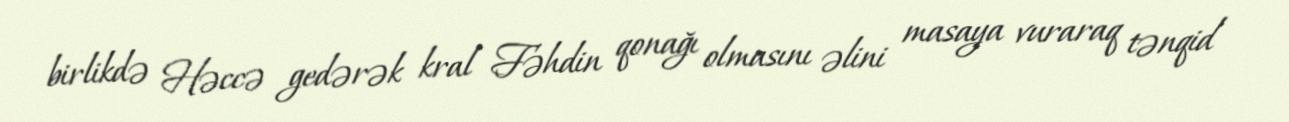
birlikdə Həccə gedərək kral Fəhdin qonağı olmasını əlini masaya vuraraq tənqid